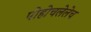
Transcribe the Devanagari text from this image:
पोहोचलेलेच